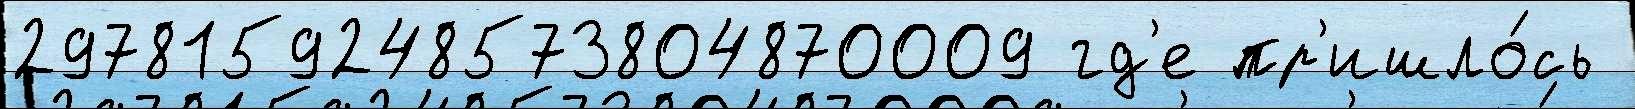
2978159248573804870009 гд'е пр'ишло́сь